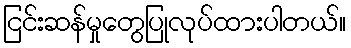
ငြင်းဆန်မှုတွေပြုလုပ်ထားပါတယ်။